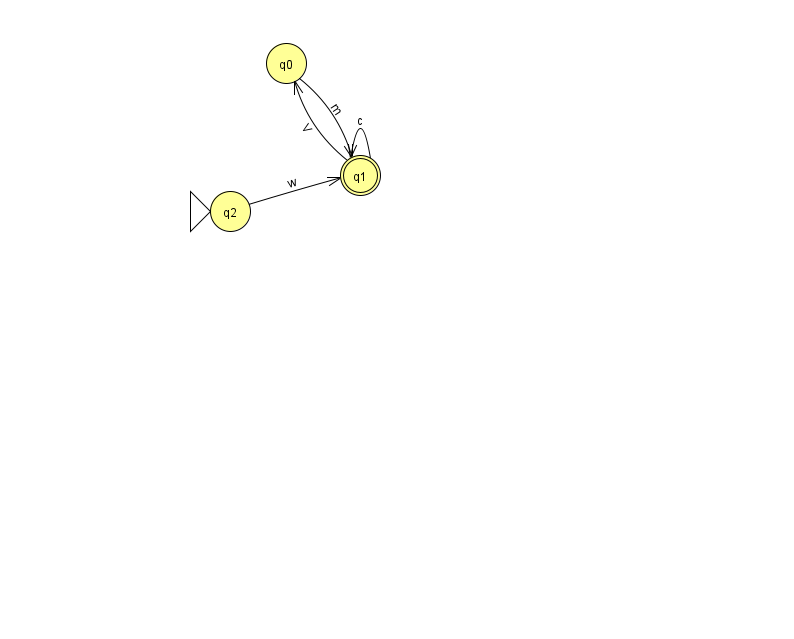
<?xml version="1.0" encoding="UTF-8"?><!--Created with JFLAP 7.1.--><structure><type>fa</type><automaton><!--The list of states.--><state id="0" name="q0"><x>286.0</x><y>50.0</y></state><state id="1" name="q1"><x>360.0</x><y>162.0</y><final/></state><state id="2" name="q2"><x>230.0</x><y>198.0</y><initial/></state><!--The list of transitions.--><transition><from>1</from><to>1</to><read>c</read></transition><transition><from>2</from><to>1</to><read>w</read></transition><transition><from>1</from><to>0</to><read>V</read></transition><transition><from>0</from><to>1</to><read>m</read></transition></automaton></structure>